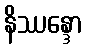
နိဿန္ဒော